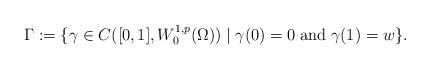
LaTeX: \begin{align*} \Gamma := \{ \gamma\in C([0,1],W_0^{1,p}(\Omega)) \mid \gamma(0)=0\;\mbox{and}\;\gamma(1)=w \}.\end{align*}